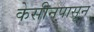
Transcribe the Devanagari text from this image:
केसीनपासून